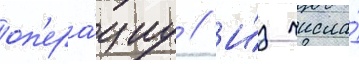
оп'ера́циу // И́з числа́